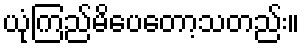
ယုံကြည်မိပေတော့သတည်း။